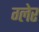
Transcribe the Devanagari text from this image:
ग्लेर